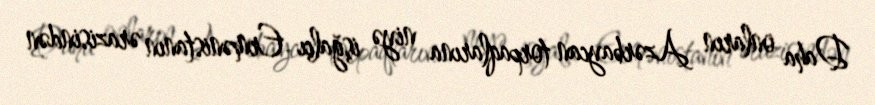
Daha onların Azərbaycan torpaqlarına niyə işğalçı Ermənistanın ərazisindən